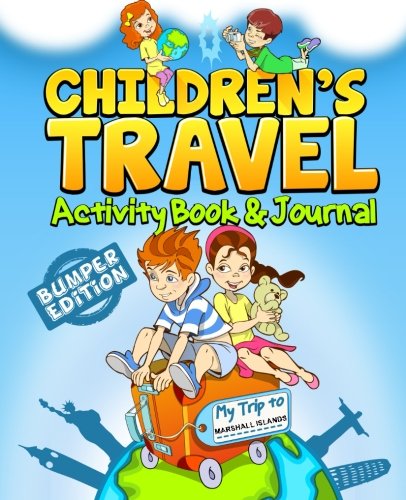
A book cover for Children's Travel Activity Book & Journal: My Trip to the Marshall Islands; TravelJournalBooks; Travel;